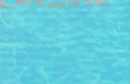
توريנג ودوائر مخصصة لجميع